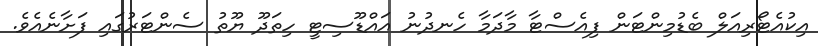
އިކުއެޓޯރިއަލް ބެޑުމިންޓަން ފިއެސްޓާ މާދަމާ ހެނދުނު އައްޑޫސިޓީ ހިތަދޫ ޔޫތު ސެންޓަރުގައި ފަށާނެއެވެ.